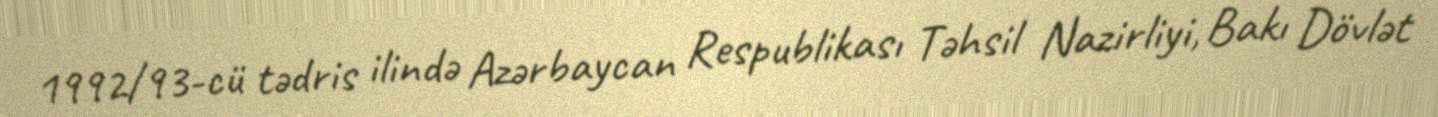
1992/93-cü tədris ilində Azərbaycan Respublikası Təhsil Nazirliyi, Bakı Dövlət